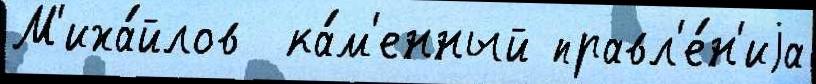
М'иха́йлов  ка́м'енный правл'е́н'иjа